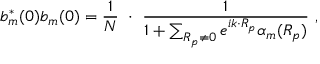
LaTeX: b _ { m } ^ { * } ( 0 ) b _ { m } ( 0 ) = { \frac { 1 } { N } } \ \cdot \ { \frac { 1 } { 1 + \sum _ { \boldsymbol { R _ { p } \neq 0 } } e ^ { i { \boldsymbol { k \cdot R _ { p } } } } \alpha _ { m } ( { \boldsymbol { R _ { p } } } ) } } \ ,